Tartu_pedagoogiumi_aruanded, lk 32
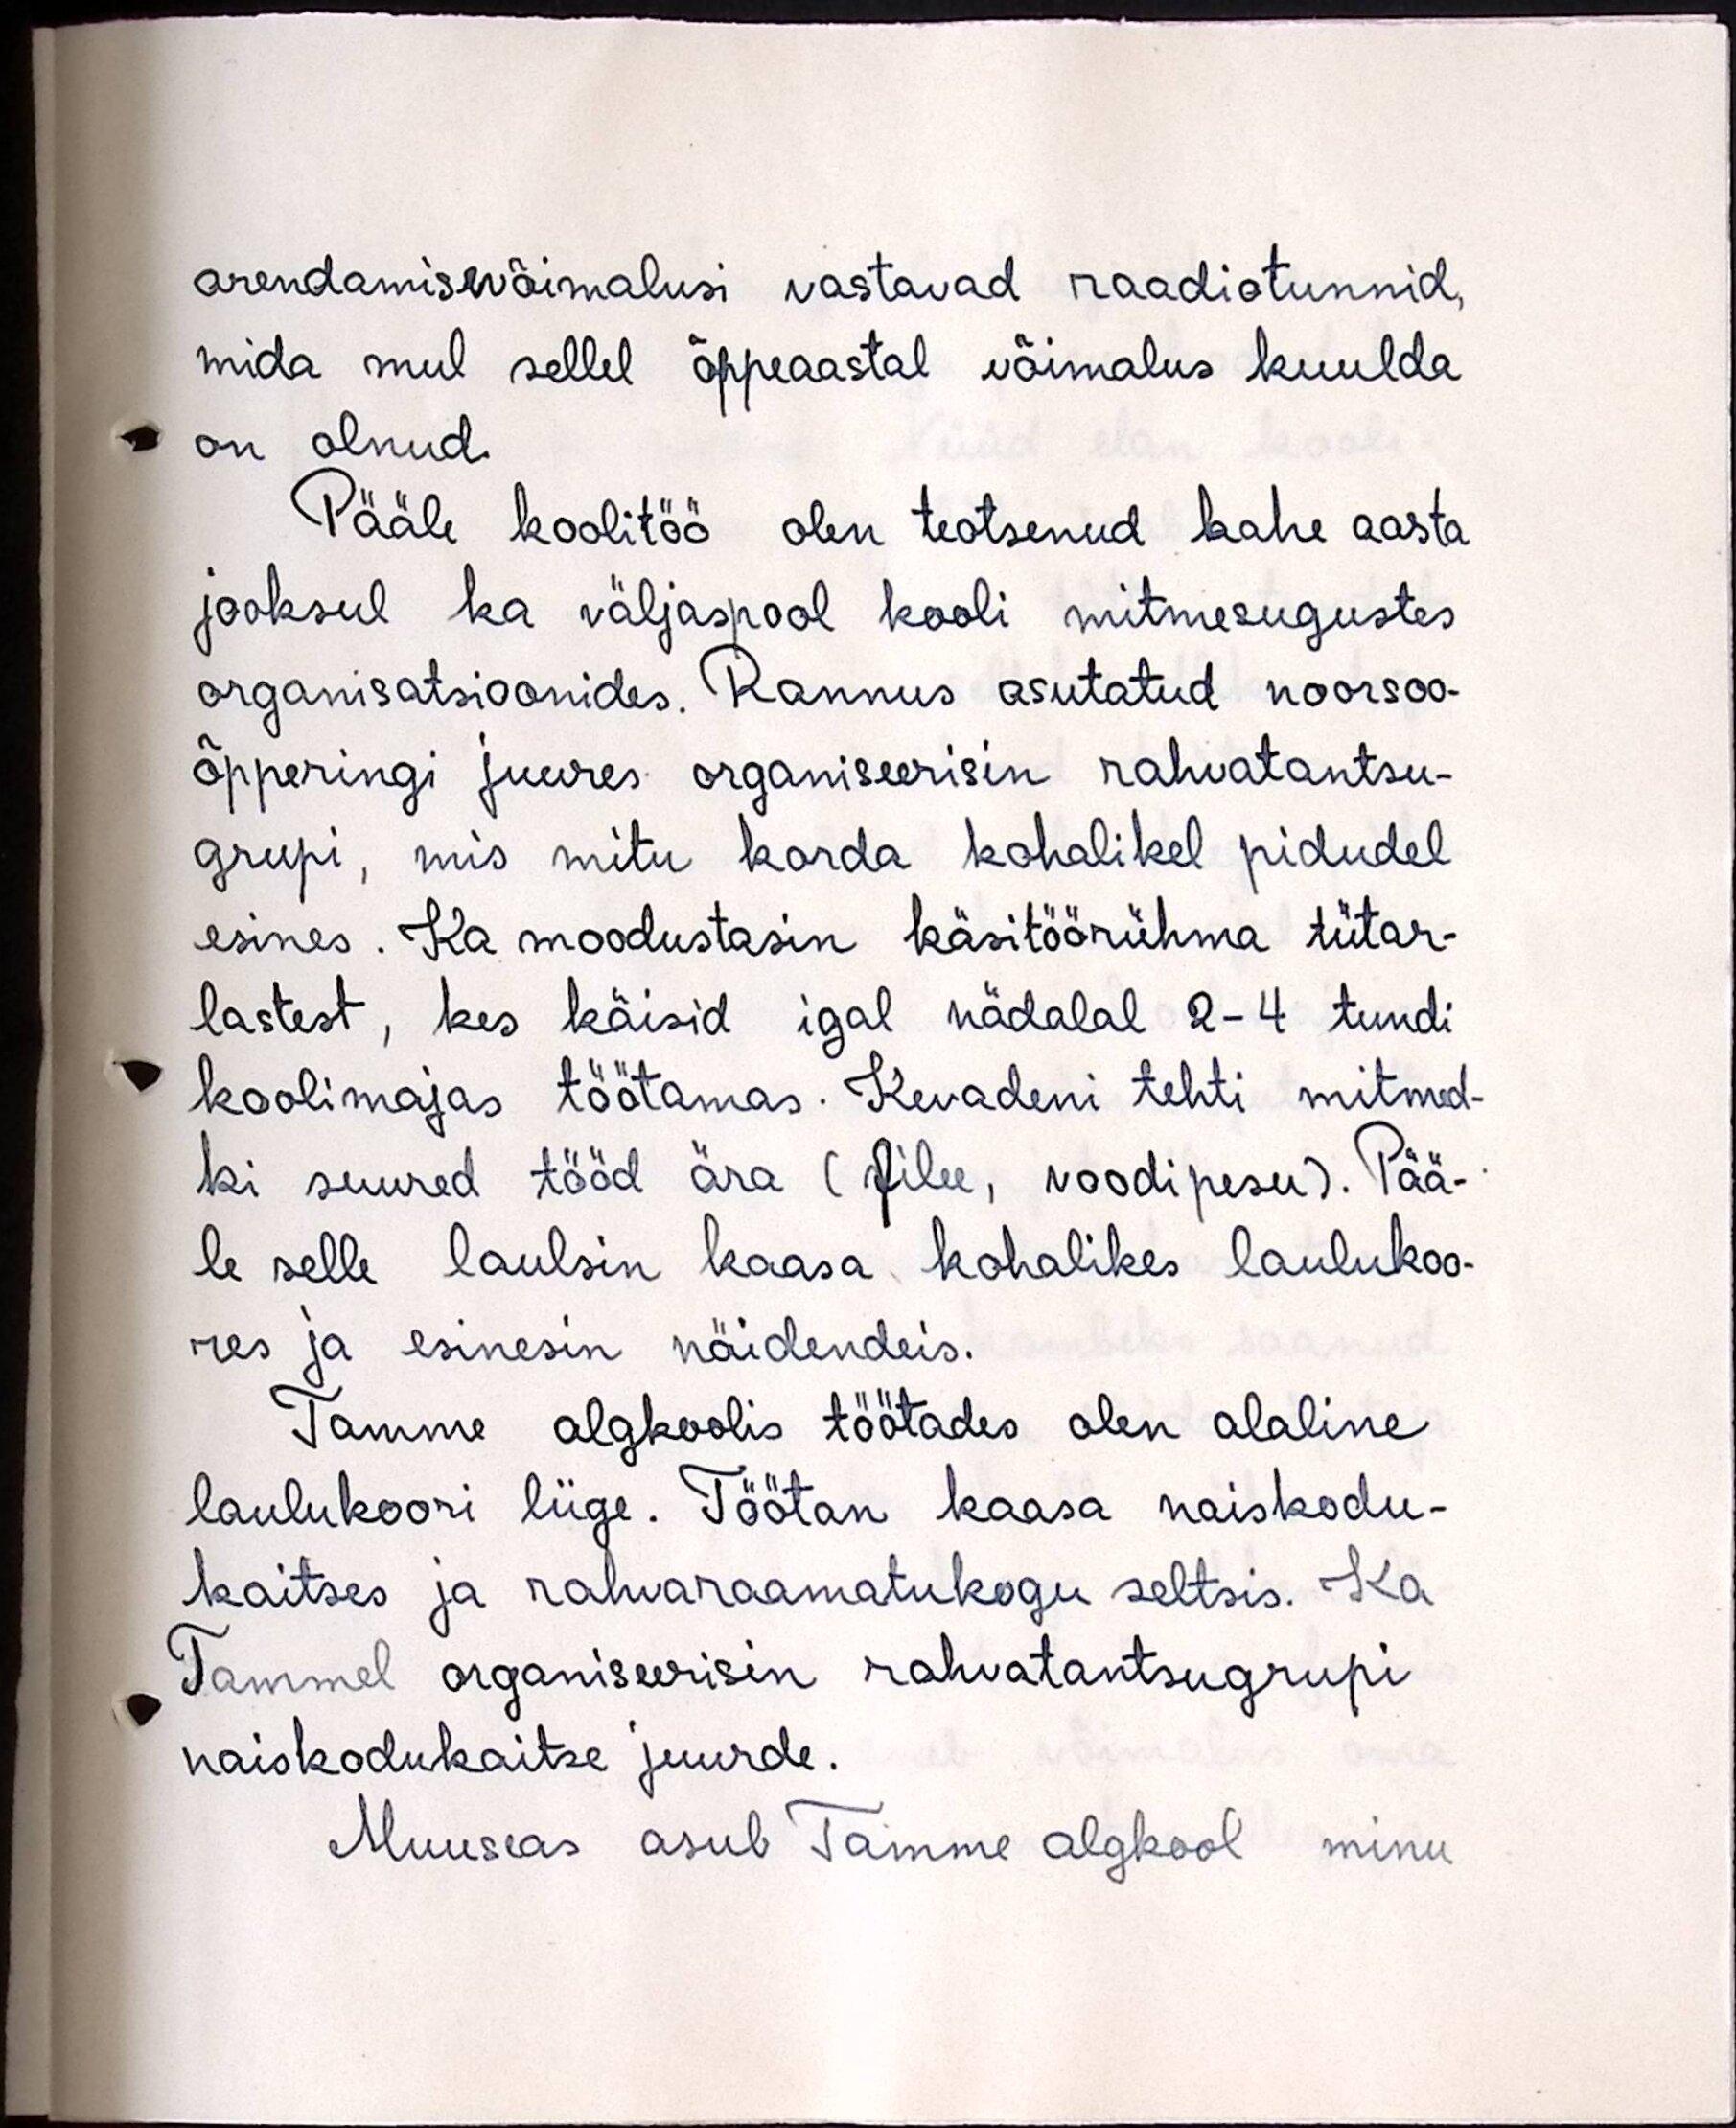
arendamisevõimalusi vastavad raadiotunnid,
mida mul sellel õppeaastal võimalus kuulda
on olnud.
Pääle koolitöö olen teotsenud kahe aasta
jooksul ka väljaspool kooli mitmesugustes
organisatsioonides. Rannus asutatud noorsoo-
õpperingi juures organiseerisin rahvatantsu-
grupi, mis mitu korda kohalikel pidudel
esines. Ka moodustasin käsitöörühma tütar-
lastest, kes käisid igal nädalal 2-4 tundi
koolimajas töötamas. Kevadeni tehti mitmed-
ki suured tööd ära (filee, voodipesu). Pää-
le selle laulsin kaasa kohalikes laulukoo-
res ja esinesin näidendeis.
Tamme algkoolis töötades olen alaline
laulukoori liige. Töötan kaasa naiskodu-
kaitses ja rahvaraamatukogu seltsis. Ka
Tammel organiseerisin rahvatantsugrupi
naiskodukaitse juurde.
Muuseas asub Tamme algkool minu